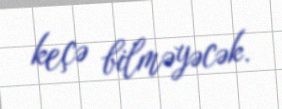
keçə bilməyəcək.